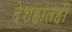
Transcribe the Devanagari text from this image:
देशहांतही